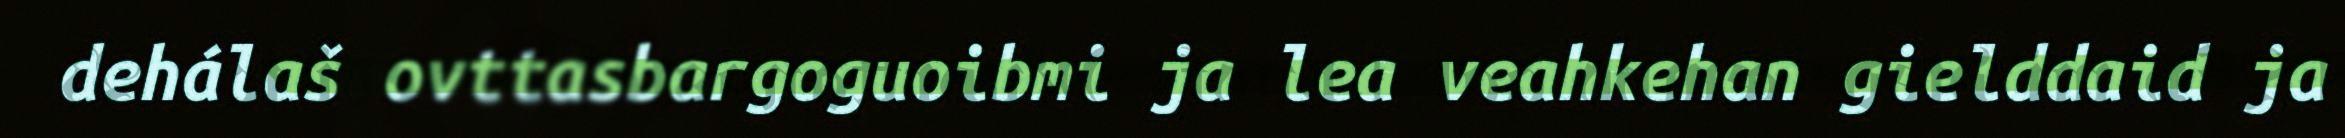
dehálaš ovttasbargoguoibmi ja lea veahkehan gielddaid ja